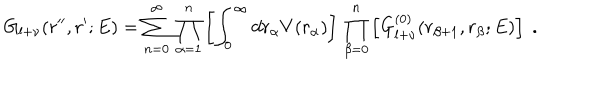
G _ { l + \nu } ( r ^ { \prime \prime } , r ^ { \prime } ; E ) = \sum _ { n = 0 } ^ { \infty } \, \prod _ { \alpha = 1 } ^ { n } \left[ \int _ { 0 } ^ { \infty } d r _ { \alpha } V ( r _ { \alpha } ) \right] \, \prod _ { \beta = 0 } ^ { n } \left[ G _ { l + \nu } ^ { ( 0 ) } ( r _ { \beta + 1 } , r _ { \beta } ; E ) \right] \; .